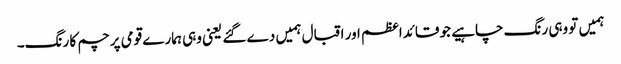
ہمیں تو وہی رنگ چاہیے جو قائداعظم اور اقبال ہمیں دے گئے یعنی وہی ہمارے قومی پرچم کا رنگ۔